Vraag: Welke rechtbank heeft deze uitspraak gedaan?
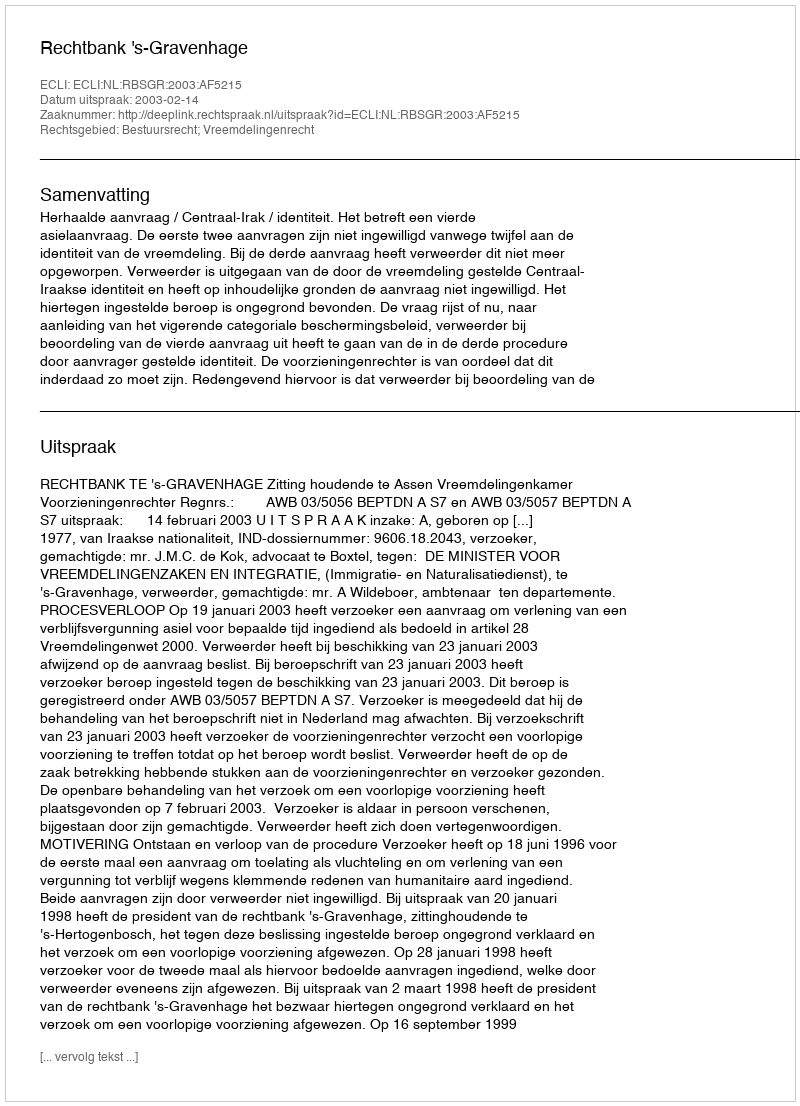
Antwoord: Rechtbank 's-Gravenhage